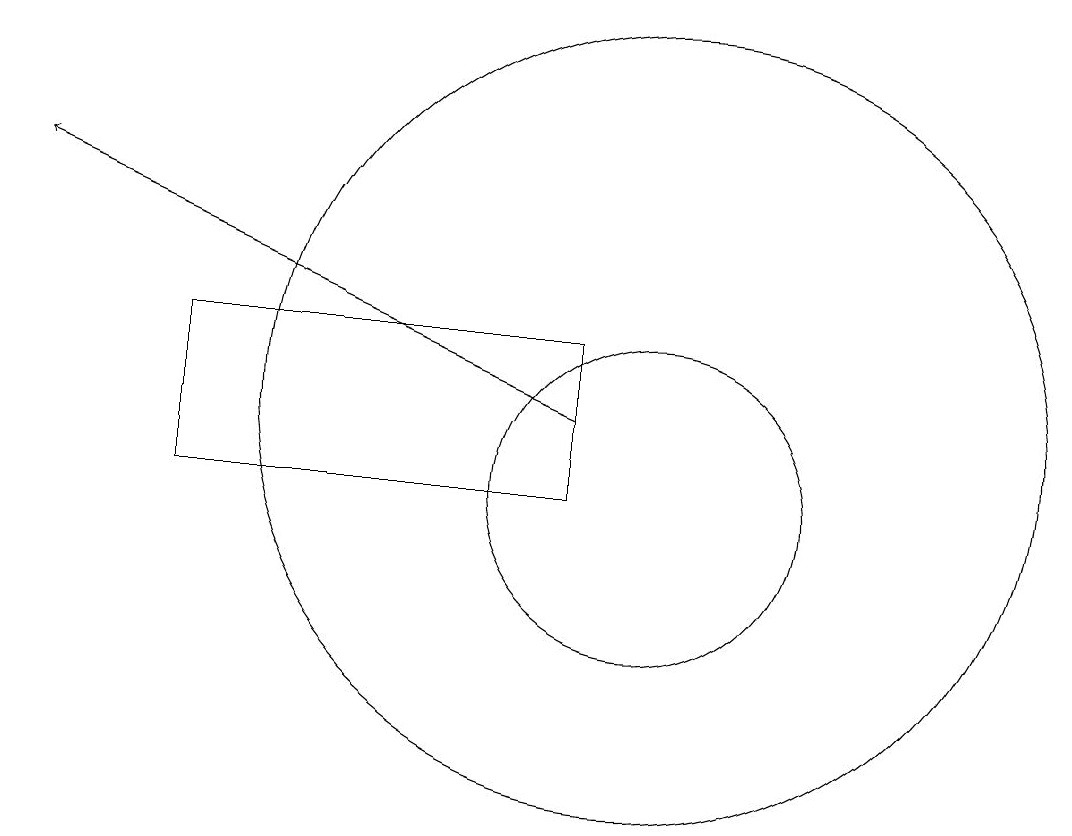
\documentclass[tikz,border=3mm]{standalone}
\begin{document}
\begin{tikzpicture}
\draw (9,11) rectangle (4,13);
\draw (10,12) circle (5);
\draw[->] (9,12) -- (2,15);
\draw (10,11) circle (2);
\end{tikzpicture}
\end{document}